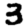
Digit: 3